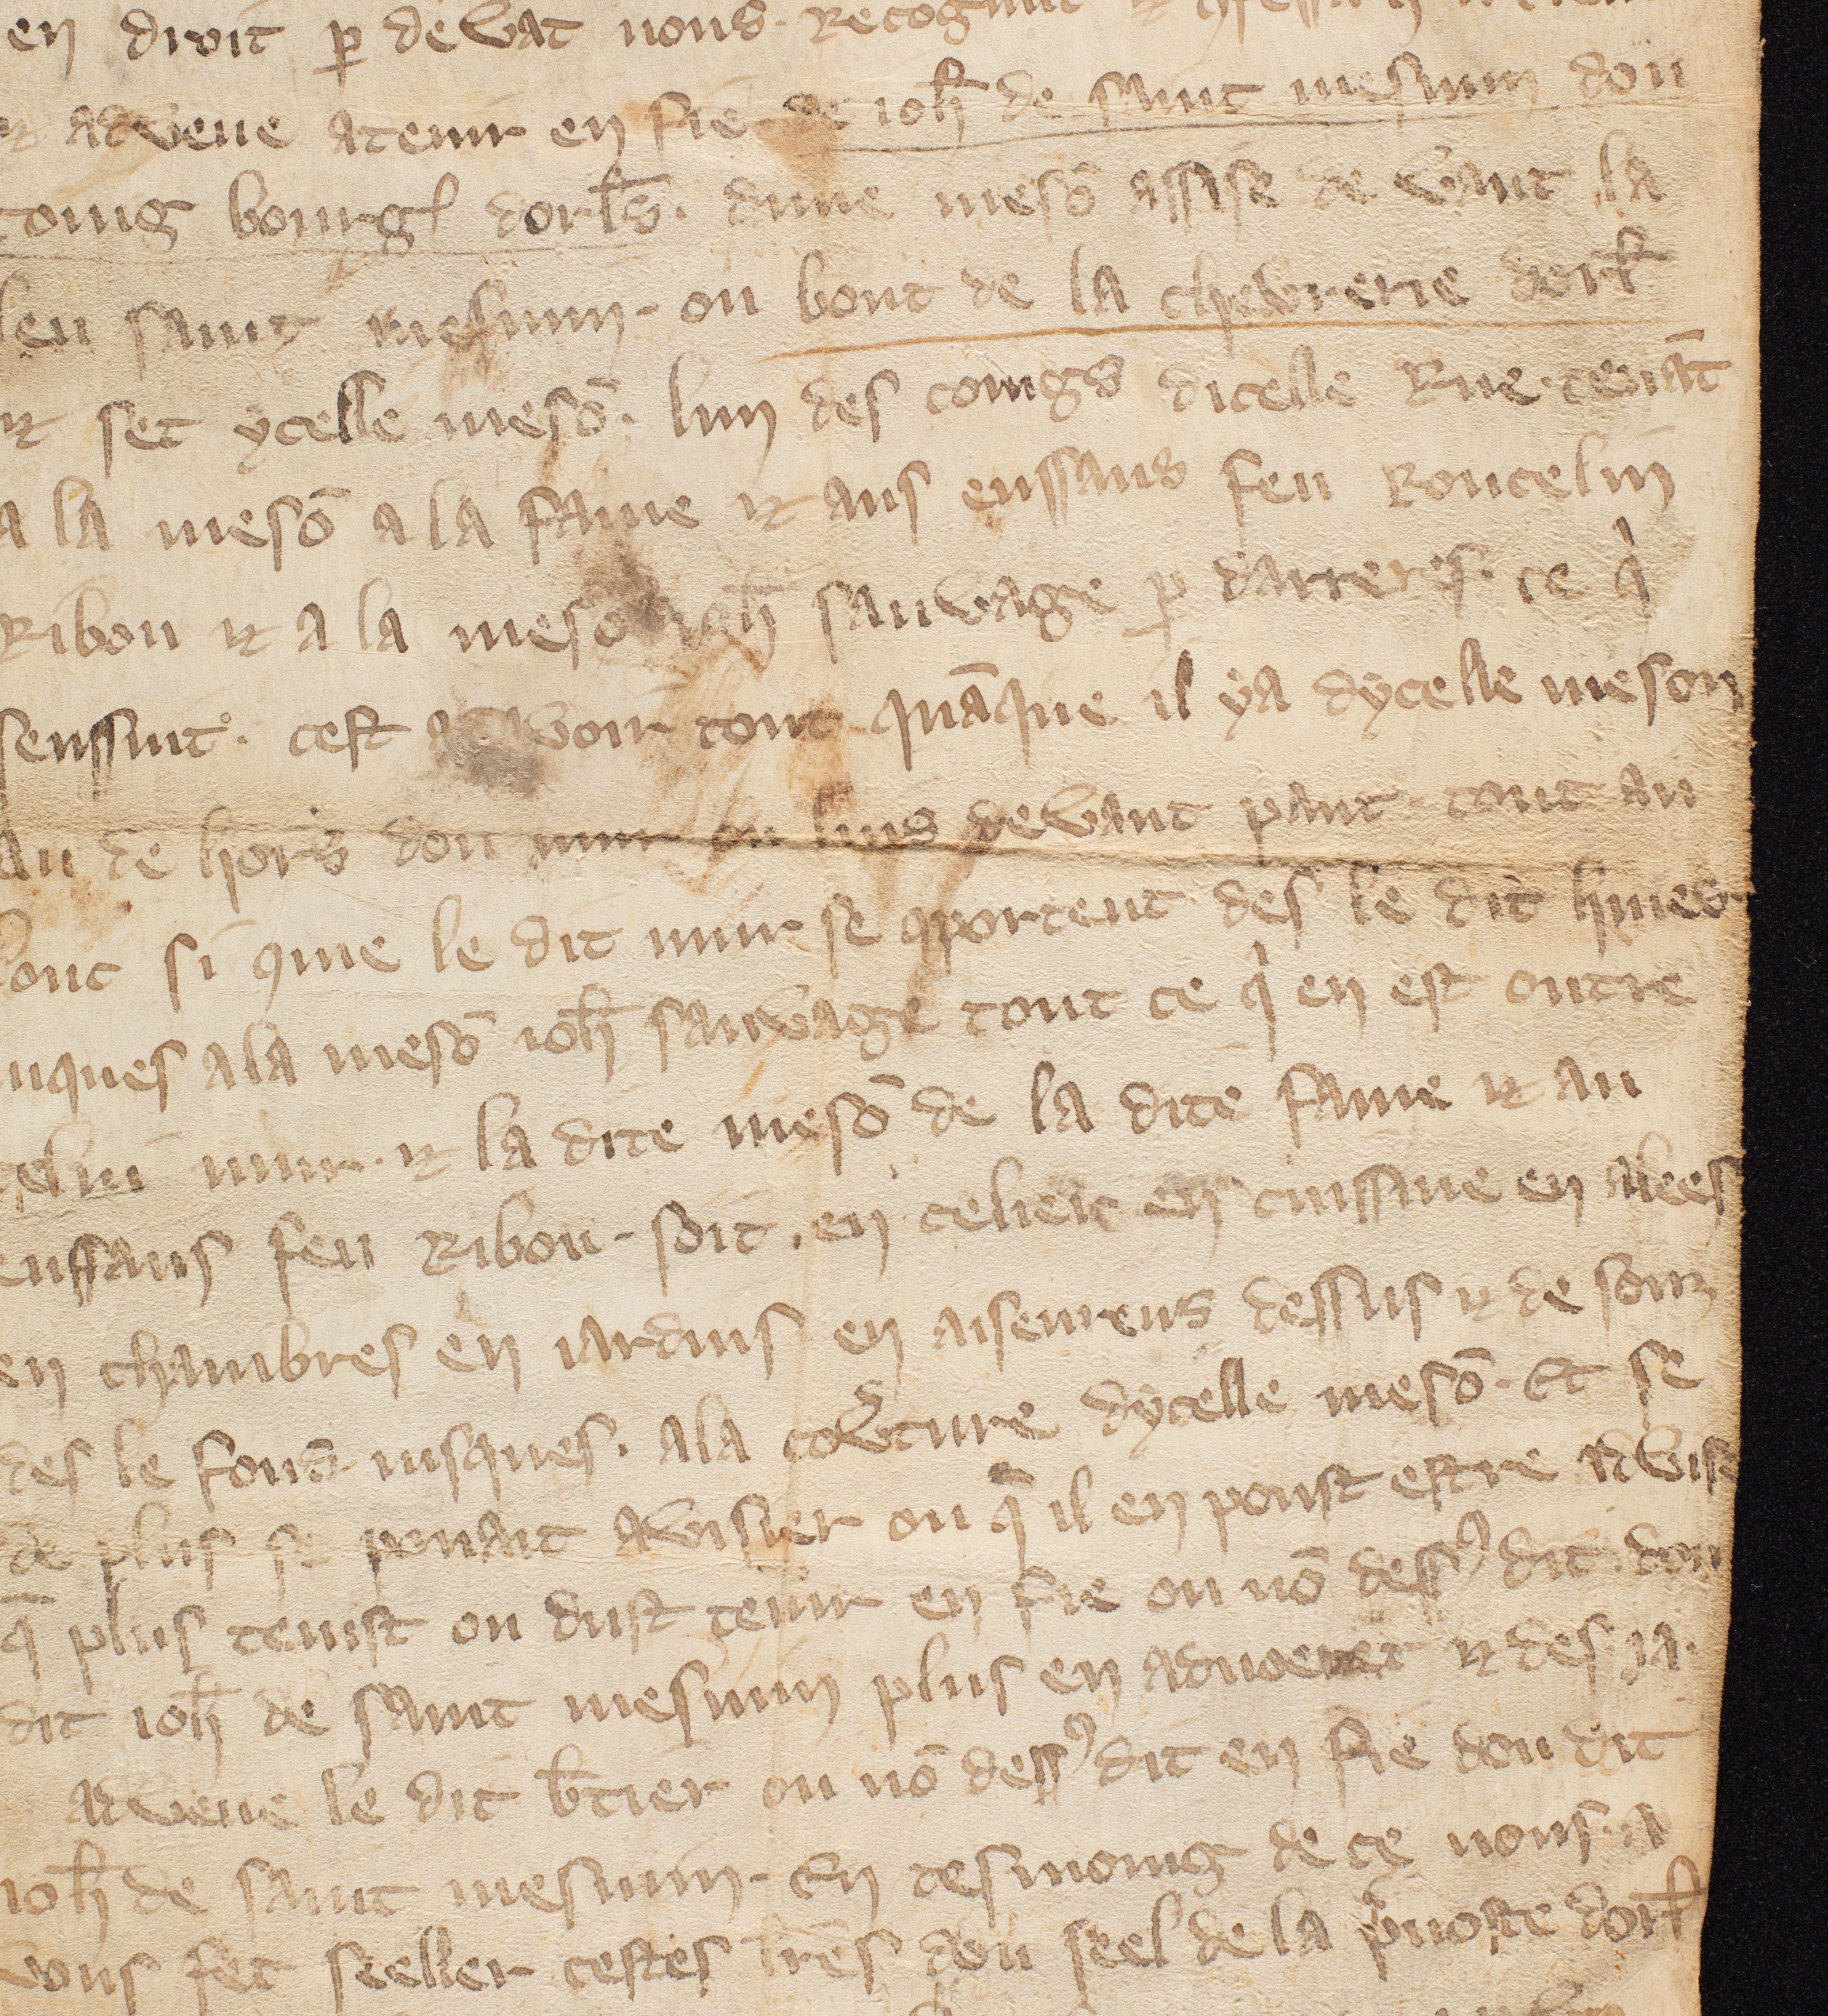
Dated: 1300–1399